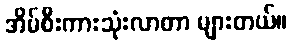
အိမ်စီးကားသုံးလာတာ များတယ်။